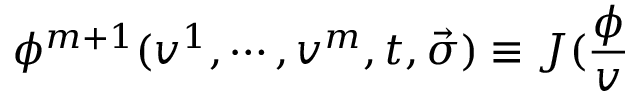
\phi ^ { m + 1 } ( v ^ { 1 } , \cdots , v ^ { m } , t , \vec { \sigma } ) \equiv J ( \frac \phi v